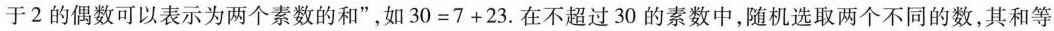
于2的偶数可以表示为两个素数的和”，如$$30=7+23$$.在不超过30的素数中，随机选取两个不同的数，其和等